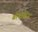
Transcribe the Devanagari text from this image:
बोनोबोज